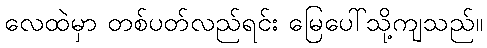
လေထဲမှာ တစ်ပတ်လည်ရင်း မြေပေါ်သို့ကျသည်။